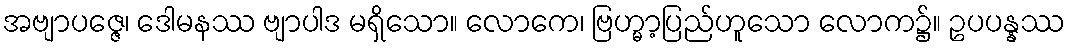
အဗျာပဇ္ဇေ၊ ဒေါမနဿ ဗျာပါဒ မရှိသော။ လောကေ၊ ဗြဟ္မာ့ပြည်ဟူသော လောက၌။ ဥပပန္နဿ